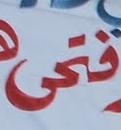
فنى